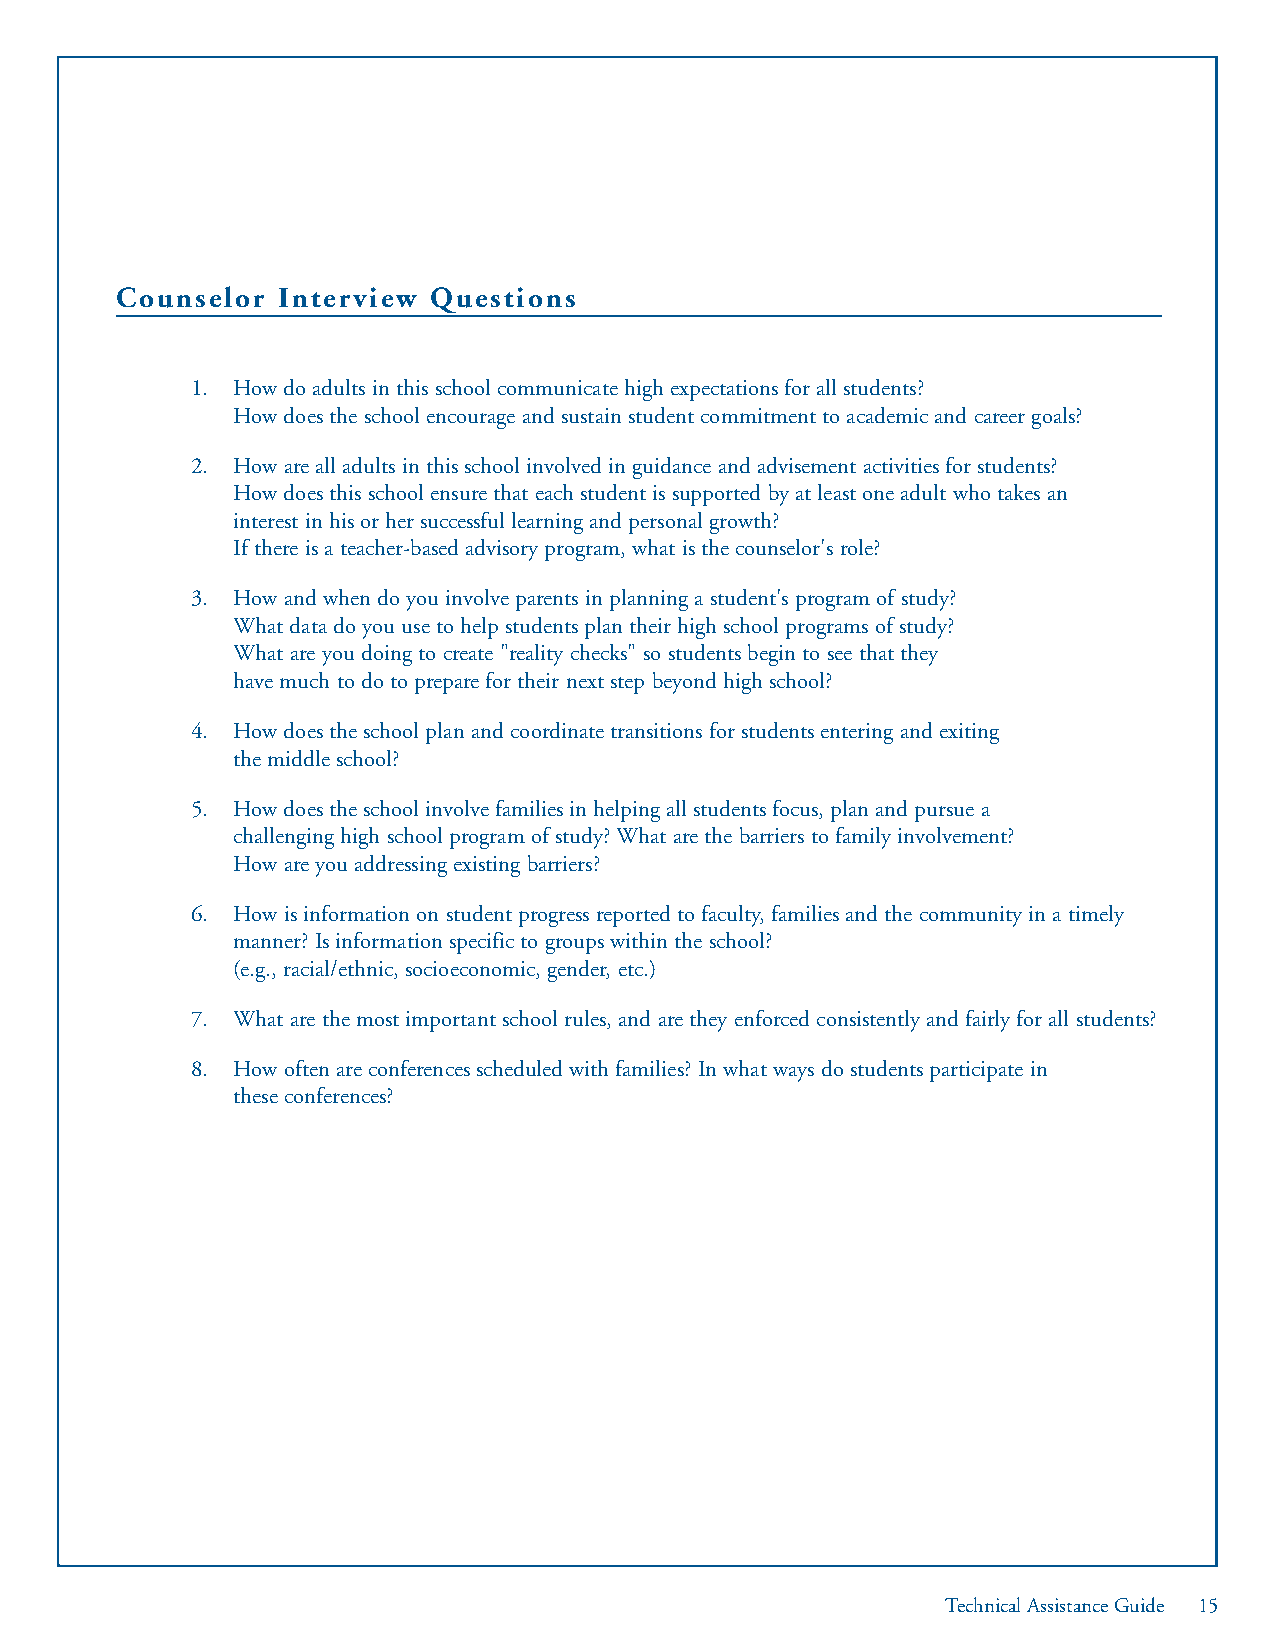
Counselor Interview Questions
 1. How do adults in this school communicate high expectations for all students?
 How does the school encourage and sustain student commitment to academic and career goals?
 2. How are all adults in this school involved in guidance and advisement activities for students?
 How does this school ensure that each student is supported by at least one adult who takes an
 interest in his or her successful learning and personal growth?
 If there is a teacher-based advisory program, what is the counselor's role?
 3. How and when do you involve parents in planning a student's program of study?
 What data do you use to help students plan their high school programs of study?
 What are you doing to create "reality checks" so students begin to see that they
 have much to do to prepare for their next step beyond high school?
 4. How does the school plan and coordinate transitions for students entering and exiting
 the middle school?
 5. How does the school involve families in helping all students focus, plan and pursue a
 challenging high school program of study? What are the barriers to family involvement?
 How are you addressing existing barriers?
 6. How is information on student progress reported to faculty, families and the community in a timely
 manner? Is information specific to groups within the school?
 (e.g., racial/ethnic, socioeconomic, gender, etc.)
 7. What are the most important school rules, and are they enforced consistently and fairly for all students?
 8. How often are conferences scheduled with families? In what ways do students participate in
 these conferences?
 Technical Assistance Guide 15